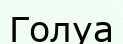
Голуа